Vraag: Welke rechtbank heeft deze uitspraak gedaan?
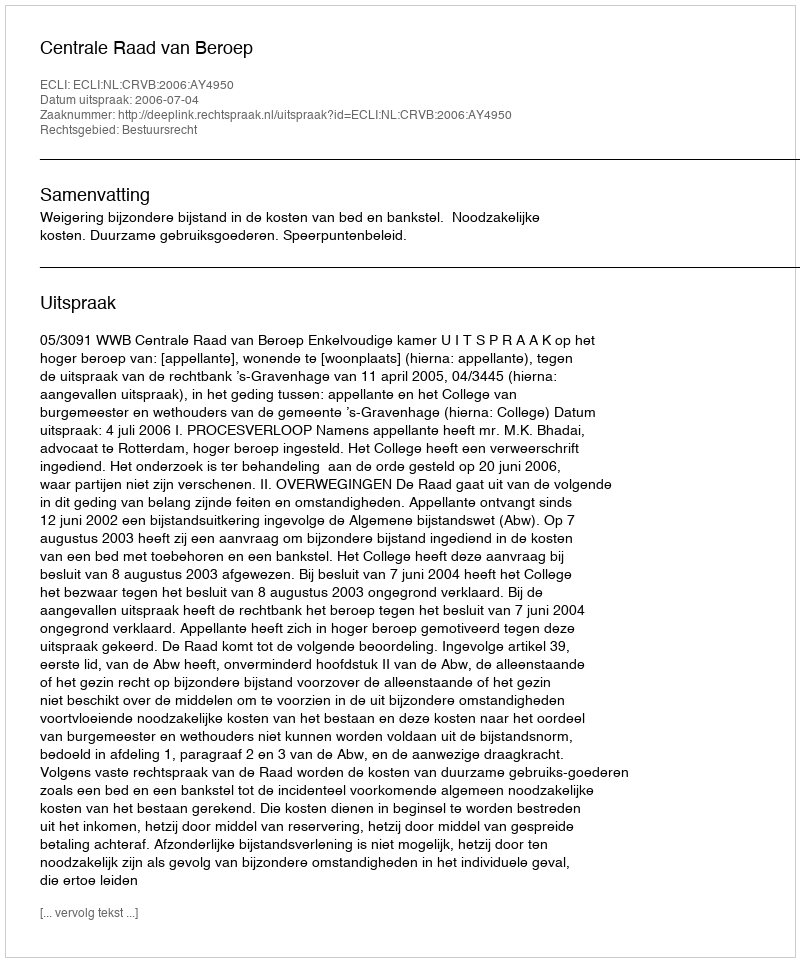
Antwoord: Centrale Raad van Beroep